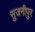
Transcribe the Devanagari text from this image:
सुजनीपुर